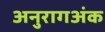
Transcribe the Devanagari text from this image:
अनुरागअंक